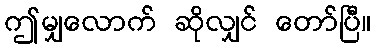
ဤမျှလောက် ဆိုလျှင် တော်ပြီ။